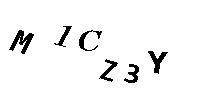
M1CZ3Y